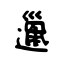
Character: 邋